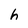
Character: h